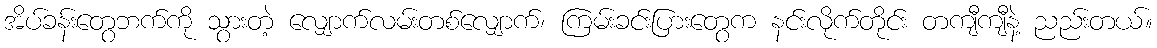
အိပ်ခန်းတွေဘက်ကို သွားတဲ့ လျှောက်လမ်းတစ်လျှောက်၊ ကြမ်းခင်းပြားတွေက နင်းလိုက်တိုင်း တကျီကျီနဲ့ ညည်းတယ်။